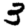
Digit: 3